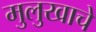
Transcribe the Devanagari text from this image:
मुलुखाचे